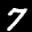
Label: 7